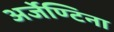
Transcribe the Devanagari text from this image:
अर्जेण्टिना